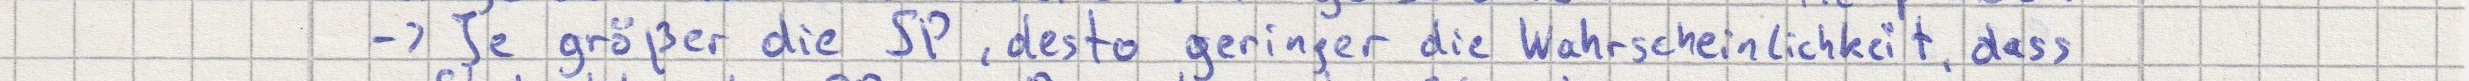
-> Je größer die SP, desto geringer die Wahrscheinlichkeit, dass